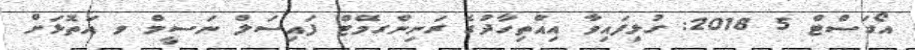
އޯގަސްޓް 5 2018: ގުޅިފައިވާ އިއްތިހާދުގެ ރަނިންގމޭޓް ފައިސަލް ނަސީމް ވ އަތޮޅަށް